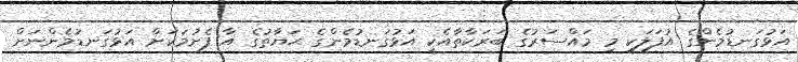
އަޅުގަނޑުމެންގެ އުފަލަކީ މި މައްސަރުގެ ބަރަކާތާއެކީ އަޅުގަނޑުމެންގެ ޙަޔާތުގެ އާ ފެށުމަކަށް އަޅުގަނޑުމެންނަށް